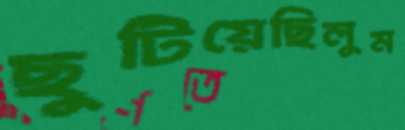
ছুটিয়েছিলুম